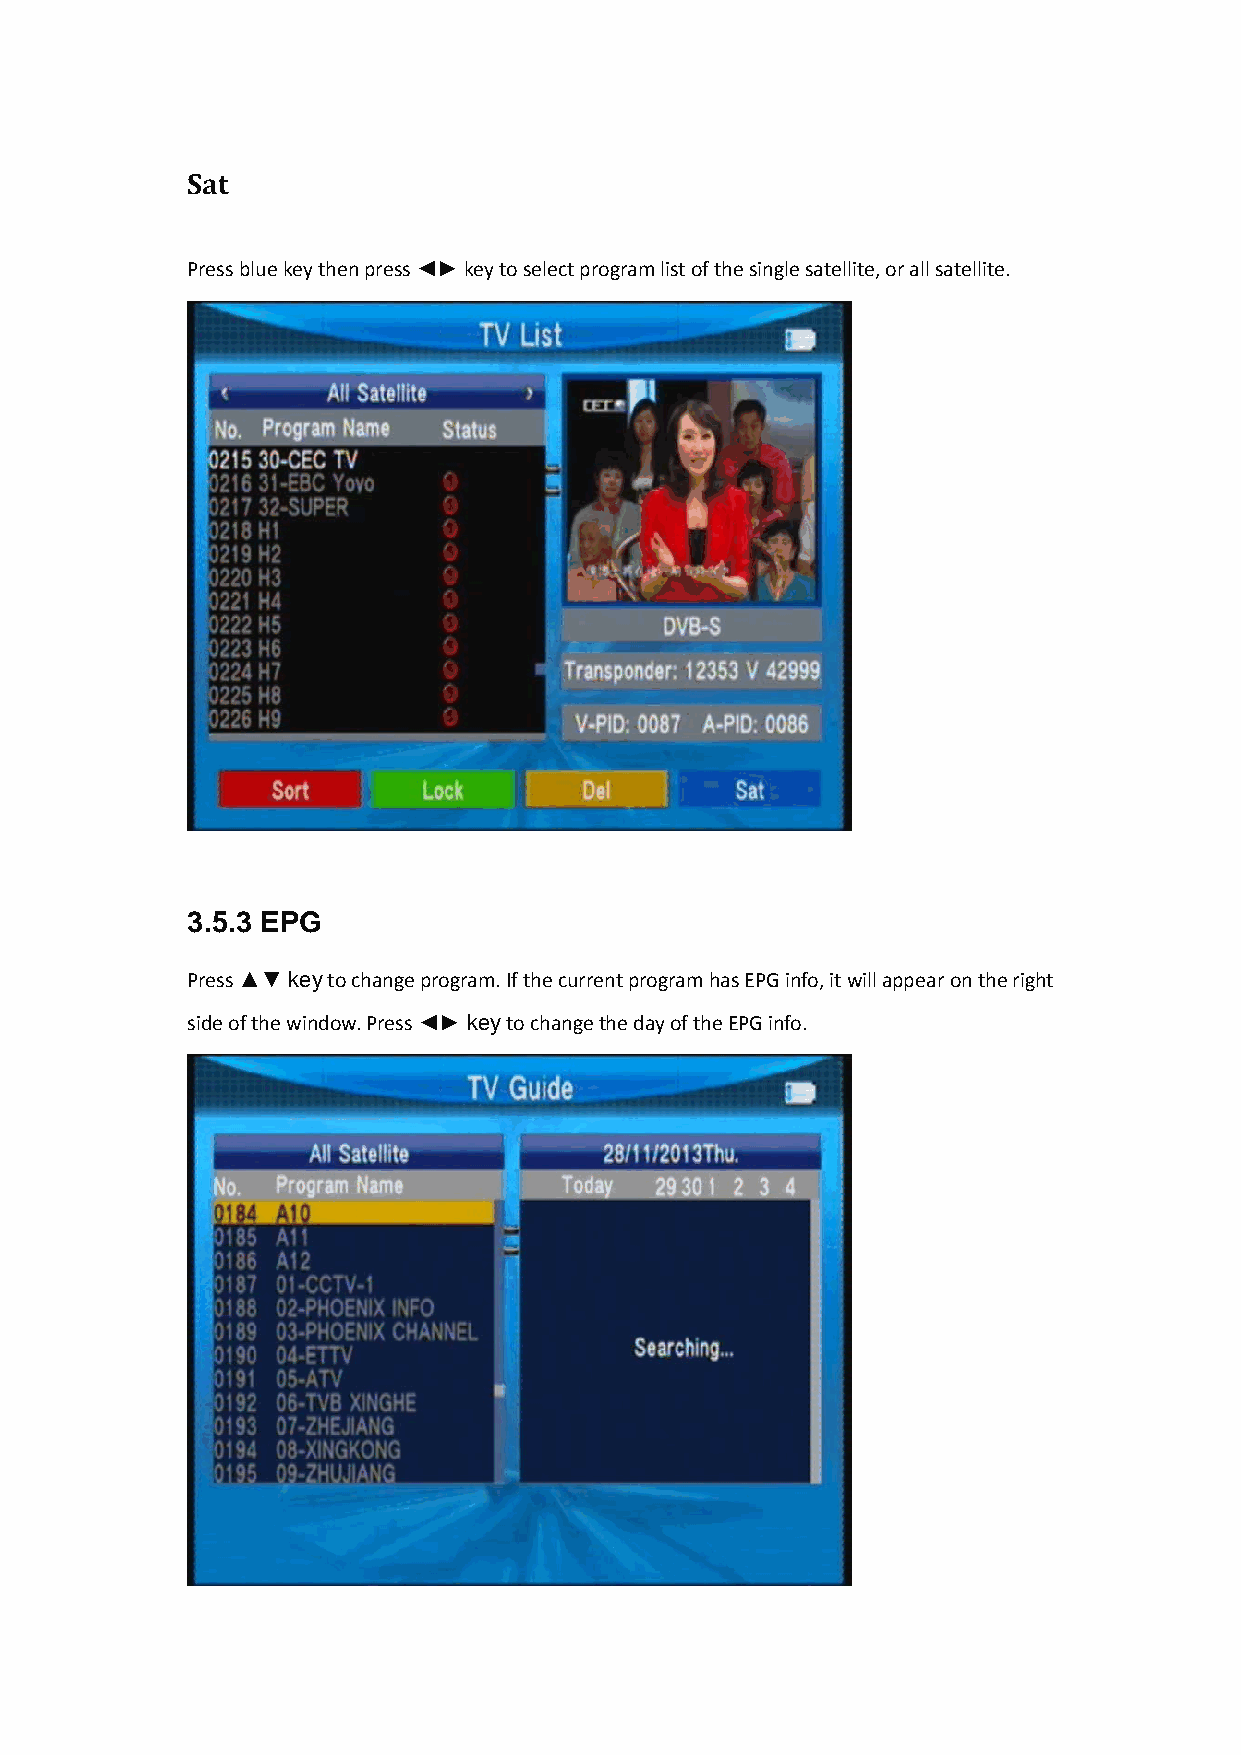
Sat
 Press blue key then press ◄► key to select program list of the single satellite, or all satellite.
 3.5.3 EPG
 Press ▲▼ key to change program. If the current program has EPG info, it will appear on the right
 side of the window. Press ◄► key to change the day of the EPG info.